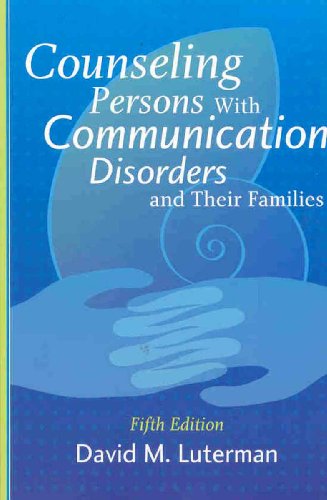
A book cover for Counseling Persons with Communication Disorders and Their Families; David M. Luterman; Medical Books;